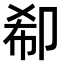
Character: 𠨚